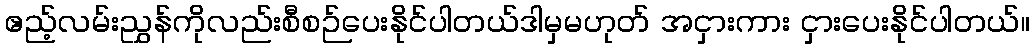
ဧည့်လမ်းညွှန်ကိုလည်းစီစဉ်ပေးနိုင်ပါတယ်ဒါမှမဟုတ် အငှားကား ငှားပေးနိုင်ပါတယ်။